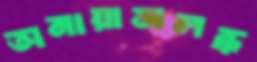
অনায়াসলব্ধ